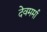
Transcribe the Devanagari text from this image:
देवमर्मा